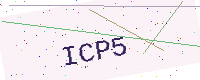
Text: ICP5